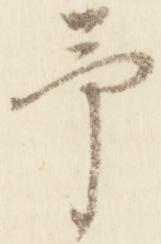
予